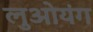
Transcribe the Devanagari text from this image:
लुओयंग